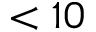
< 1 0